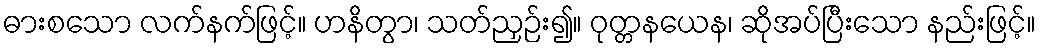
ဓားစသော လက်နက်ဖြင့်။ ဟနိတွာ၊ သတ်ညှဉ်း၍။ ဝုတ္တနယေန၊ ဆိုအပ်ပြီးသော နည်းဖြင့်။